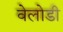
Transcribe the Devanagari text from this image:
वेलोडी